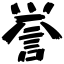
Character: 誉